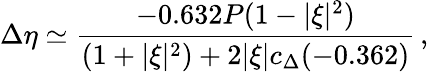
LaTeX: \Delta\eta\simeq{\frac{-0.632P(1-|\xi|^{2})}{(1+|\xi|^{2})+2|\xi|c_{\Delta}(-0.362)}}\, ,